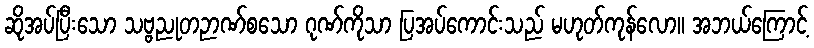
ဆိုအပ်ပြီးသော သဗ္ဗညုတဉာဏ်စသော ဂုဏ်ကိုသာ ပြအပ်ကောင်းသည် မဟုတ်ကုန်လော။ အဘယ်ကြောင့်